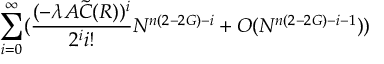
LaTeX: \sum _ { i = 0 } ^ { \infty } ( \frac { ( - \lambda A { \tilde { C } } ( R ) ) ^ { i } } { 2 ^ { i } i ! } N ^ { n ( 2 - 2 G ) - i } + O ( N ^ { n ( 2 - 2 G ) - i - 1 } ) )